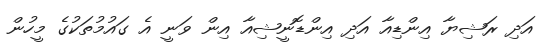
އަދި ރަޝިޔާ އިންޑިއާ އަދި އިންޑޮނީޝިއާ އިން ވަނީ އެ ގައުމުތަކުގެ މީހުން